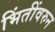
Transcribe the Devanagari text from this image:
भिंतींवरुन